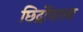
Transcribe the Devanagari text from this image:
छिद्रोंवाला